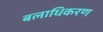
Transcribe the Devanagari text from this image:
बलाधिकरण